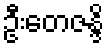
ဦးတေဇန္ဒိ